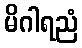
မိဂါရညံ